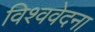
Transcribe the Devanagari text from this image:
विश्ववेदना